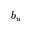
b _ { w }